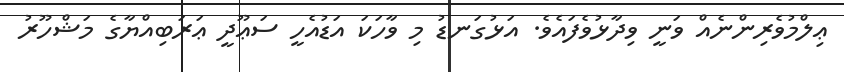
ޢިލްމުވެރިންނެއް ވަނީ ވިދާޅުވެފައެވެ. އަޅުގަނޑު މި ވާހަކަ އަޑުއެހީ ސަޢޫދީ ޢަރަބިއްޔާގެ މަޝްހޫރު